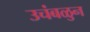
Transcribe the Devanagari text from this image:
उचंबळुन